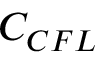
{ { C } _ { C F L } }